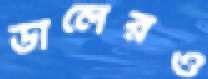
ডালেরও